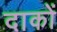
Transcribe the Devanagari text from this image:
दाकों